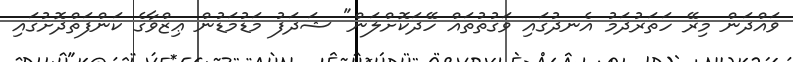
ވައްދަން މިރޭ ހަތަރުދަމު އެނދުގައި ވަގުތުތައް ހޭދަކޮށްލަން" ޝަދަފު މަޑުމަޑުން ޢިޒްވާގެ ކަންފަތްދޮށުގައި